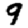
Digit: 9